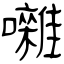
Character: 囃